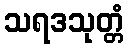
သရဒသုတ္တံ